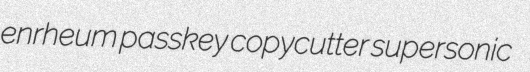
enrheum passkey copycutter supersonic